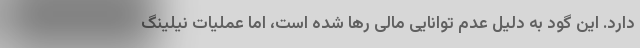
دارد. این گود به دلیل‌ عدم توانایی مالی رها شده است، اما عملیات نیلینگ